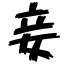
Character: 妾